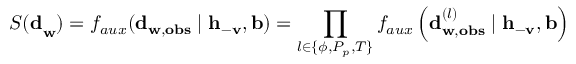
{ S ( \mathbf { d } } _ { \mathbf { w } } ) = f _ { a u x } ( \mathbf { d } _ { \mathbf { w } , \mathbf { o b s } } \mid \mathbf { h } _ { - \mathbf { v } } , \mathbf { b } ) = \prod _ { l \in \{ \phi , P _ { p } , T \} } { f _ { a u x } \left( \mathbf { d } _ { \mathbf { w } , \mathbf { o b s } } ^ { ( l ) } \mid \mathbf { h } _ { - \mathbf { v } } , \mathbf { b } \right) }